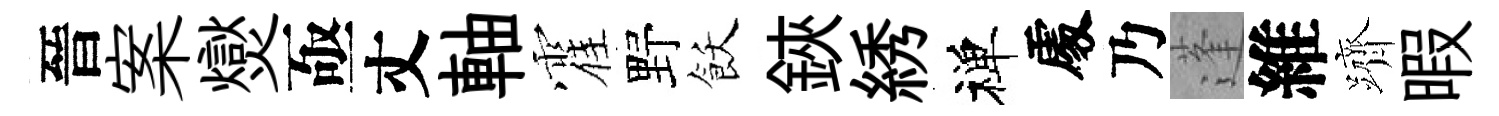
晉案爕亟丈軸霍野飫鋏綉禅𠁅乃蓬維躋暇